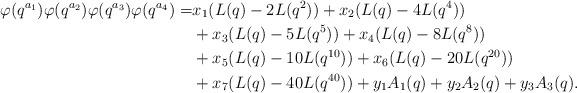
LaTeX: \begin{align*}\varphi(q^{a_1})\varphi(q^{a_2})\varphi(q^{a_3})\varphi(q^{a_4}) =& x_1( L(q) -2L(q^2))+x_2 ( L(q) -4L(q^4)) \\ &+ x_3( L(q) -5L(q^5)) + x_4 ( L(q) -8L(q^8)) \\& + x_5 ( L(q) -10L(q^{10})) + x_6 ( L(q) -20L(q^{20})) \\& +x_7 ( L(q) -40L(q^{40})) +y_1 A_1(q) + y_2A_2(q) + y_3 A_3(q). \end{align*}